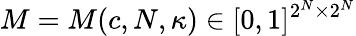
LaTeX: M=M(c,N,\kappa)\in[0,1]^{2^{N}\times 2^{N}}